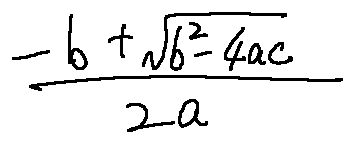
\frac { - b + \sqrt { b ^ { 2 } - 4 a c } } { 2 a }